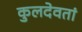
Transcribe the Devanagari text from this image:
कुलदेवतां